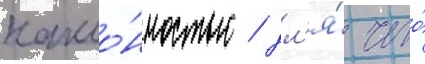
накло́нностью / дл'я́ чего́